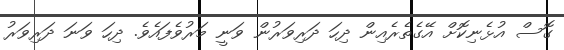
ގޮސް އުޅެނިކޮށް އޭގެތެރެއިން ދިހަ ދަރިވަރުން ވަނީ މަރުވެފައެވެ. ދިހަ ވަނަ ދަރިވަރު